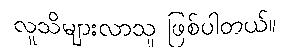
လူသိများလာသူ ဖြစ်ပါတယ်။